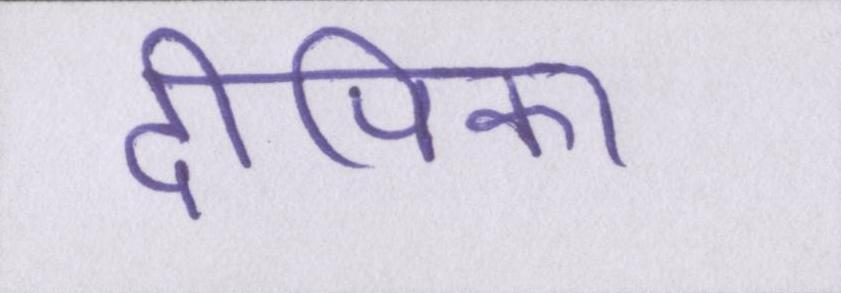
दीपिका